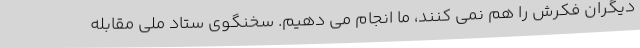
دیگران فکرش را هم نمی کنند، ما انجام می دهیم. سخنگوی ستاد ملی مقابله